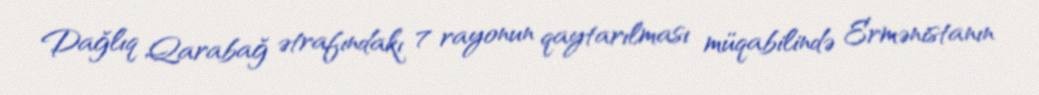
Dağlıq Qarabağ ətrafındakı 7 rayonun qaytarılması müqabilində Ermənistanın